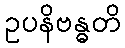
ဥပနိဗန္ဓတိ